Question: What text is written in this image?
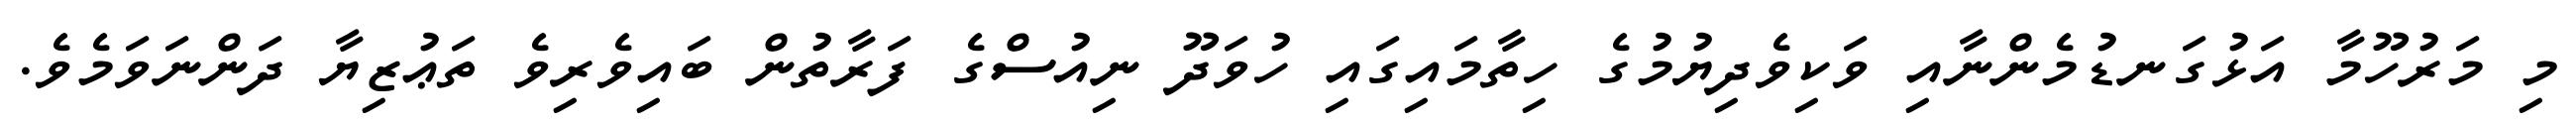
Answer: މި މަރުހޫމާ އަޅުގަނޑުމެންނާއި ވަކިވެދިޔުމުގެ ހިތާމައިގައި ހުވަދޫ ނިއުސްގެ ފަރާތުން ބައިވެރިވެ ތަޢުޒިޔާ ދަންނަވަމެވެ.